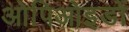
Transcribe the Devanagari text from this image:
ओपिओइडों